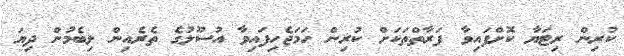
ކުރިން ރިޓަޔާ ކޮށްފައިވާ ފަރާތްތަކަށް ކުރިން ހަމަޖެހިފައިވާ އުސޫލުގެ ތެރެއިން ލިބެމުން ދިޔަ